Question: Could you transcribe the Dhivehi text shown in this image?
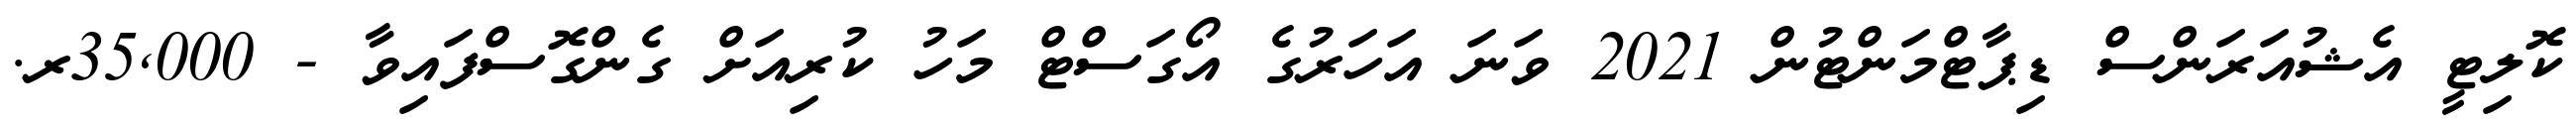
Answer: ކޮލިޓީ އެޝުއަރަންސް ޑިޕާޓްމަންޓުން 2021 ވަނަ އަހަރުގެ އޯގަސްޓް މަހު ކުރިއަށް ގެންގޮސްފައިވާ - 35,000ރ.